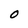
Character: O